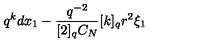
q ^ { k } d x _ { 1 } - \frac { q ^ { - 2 } } { [ 2 ] _ { q } C _ { N } } [ k ] _ { q } r ^ { 2 } \xi _ { 1 }